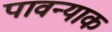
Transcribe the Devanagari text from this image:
पावन्याक